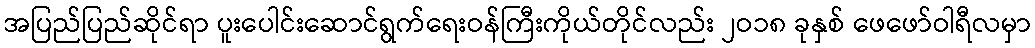
အပြည်ပြည်ဆိုင်ရာ ပူးပေါင်းဆောင်ရွက်ရေးဝန်ကြီးကိုယ်တိုင်လည်း ၂ဝ၁၈ ခုနှစ် ဖေဖော်ဝါရီလမှာ